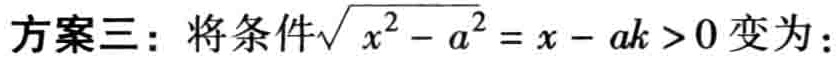
方案三：将条件\(\sqrt{x^{2}-a^{2}} = x - a k>0\)变为：